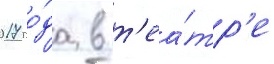
2017 го́да в т'еа́тр'е